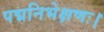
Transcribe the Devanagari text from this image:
पद्मनिभेक्षणः।